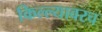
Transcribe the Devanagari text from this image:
किल्ल्यावरच